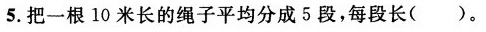
5.把一根10米长的绳子平均分成5段，每段长( )。